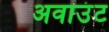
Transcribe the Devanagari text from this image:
अवाउंट